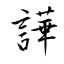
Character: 譁